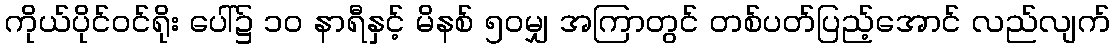
ကိုယ်ပိုင်ဝင်ရိုး ပေါ်၌ ၁၀ နာရီနှင့် မိနစ် ၅၀မျှ အကြာတွင် တစ်ပတ်ပြည့်အောင် လည်လျက်